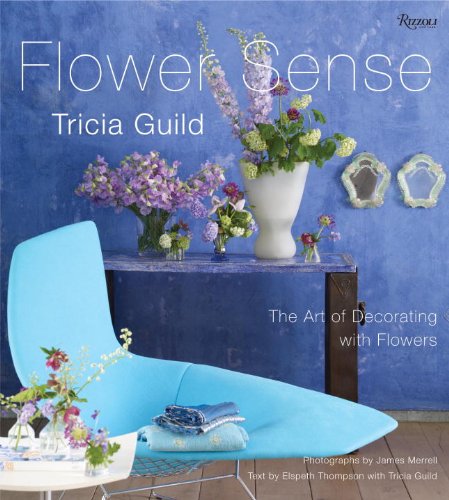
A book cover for Tricia Guild Flower Sense: The Art of Decorating with Bouquets, Flowers, and Floral Designs; Tricia Guild; Crafts, Hobbies & Home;